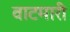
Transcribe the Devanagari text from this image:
वाटमारी